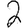
Digit: 2